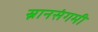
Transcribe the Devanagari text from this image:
स्नानसंगमी